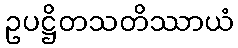
ဥပဋ္ဌိတသတိဿာယံ